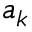
{ \boldsymbol { a } } _ { k }